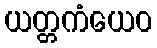
ယတ္တကံယေဝ